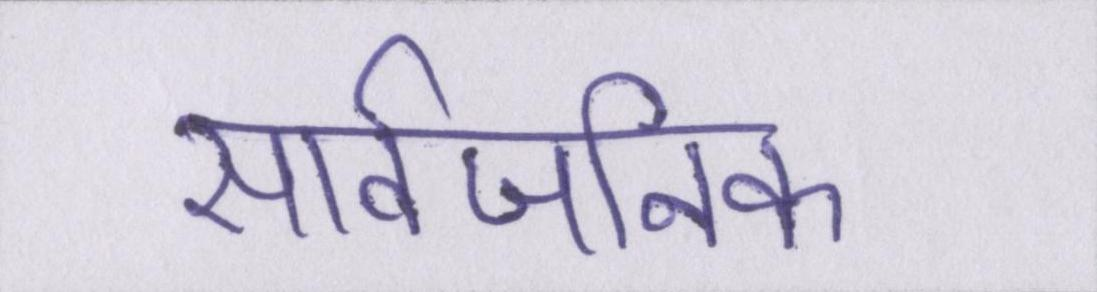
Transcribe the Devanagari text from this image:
सार्वजनिक